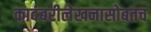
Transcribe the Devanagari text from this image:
कादंबरीलेखनासोबतच